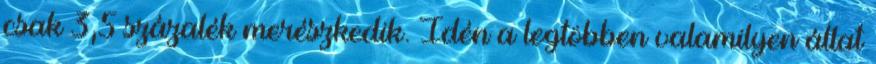
csak 3,5 százalék merészkedik. Idén a legtöbben valamilyen állat